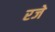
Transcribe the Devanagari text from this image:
रजे